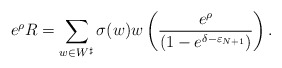
\begin{align*}e^\rho R = \sum_{w\in W^\sharp}\sigma(w) w\left( \frac{e^\rho}{\left(1-e^{\delta-\varepsilon_{N+1}}\right)}\right).\end{align*}